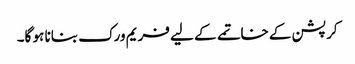
کرپشن کے خاتمے کے لیے فریم ورک بنانا ہو گا۔